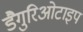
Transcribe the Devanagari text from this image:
डैगुरिओटाइप